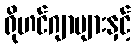
ရိုဟင်ဂျာများနှင့်